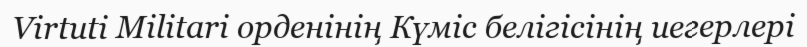
Virtuti Militari орденінің Күміс белігісінің иегерлері